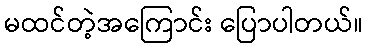
မထင်တဲ့အကြောင်း ပြောပါတယ်။